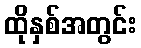
ထိုနှစ်အတွင်း